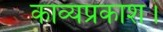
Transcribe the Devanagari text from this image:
काव्यप्रकाश।